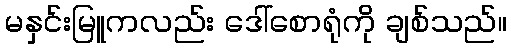
မနှင်းမြူကလည်း ဒေါ်စောရုံကို ချစ်သည်။